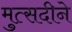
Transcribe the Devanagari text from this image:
मुत्सदीने